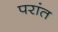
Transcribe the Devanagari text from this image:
परांत